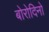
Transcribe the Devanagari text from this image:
बोरोदिनो